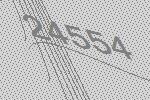
24554